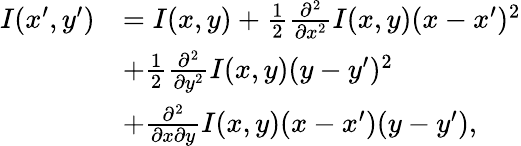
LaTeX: \begin{array}{rl}{I(x^{\prime},y^{\prime})}&{=I(x,y)+\frac{1}{2}\frac{\partial^{2}}{\partial x^{2}}I(x,y)(x-x^{\prime})^{2}}\\ &{+\frac{1}{2}\frac{\partial^{2}}{\partial y^{2}}I(x,y)(y-y^{\prime})^{2}}\\ &{+\frac{\partial^{2}}{\partial x\partial y}I(x,y)(x-x^{\prime})(y-y^{\prime}),}\end{array}